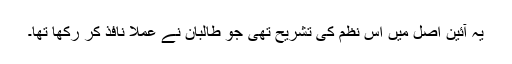
یہ آئین اصل میں اس نظم کی تشریح تھی جو طالبان نے عملاََ نافذ کر رکھا تھا۔